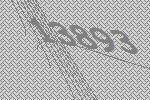
13893